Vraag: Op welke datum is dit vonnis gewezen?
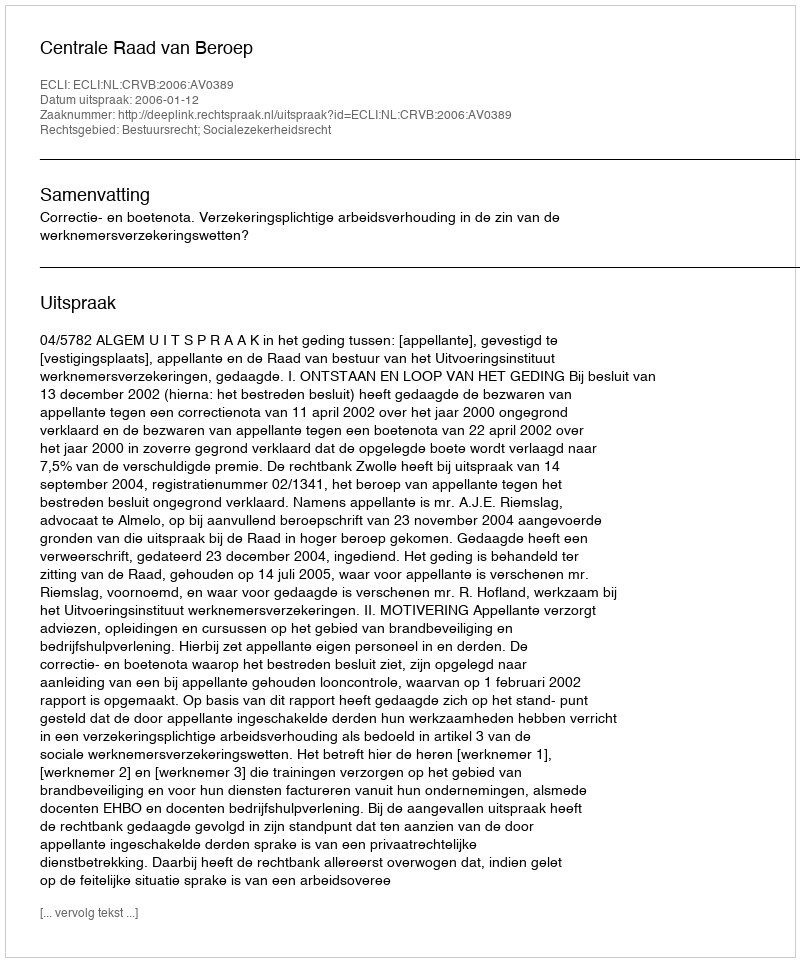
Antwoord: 2006-01-12